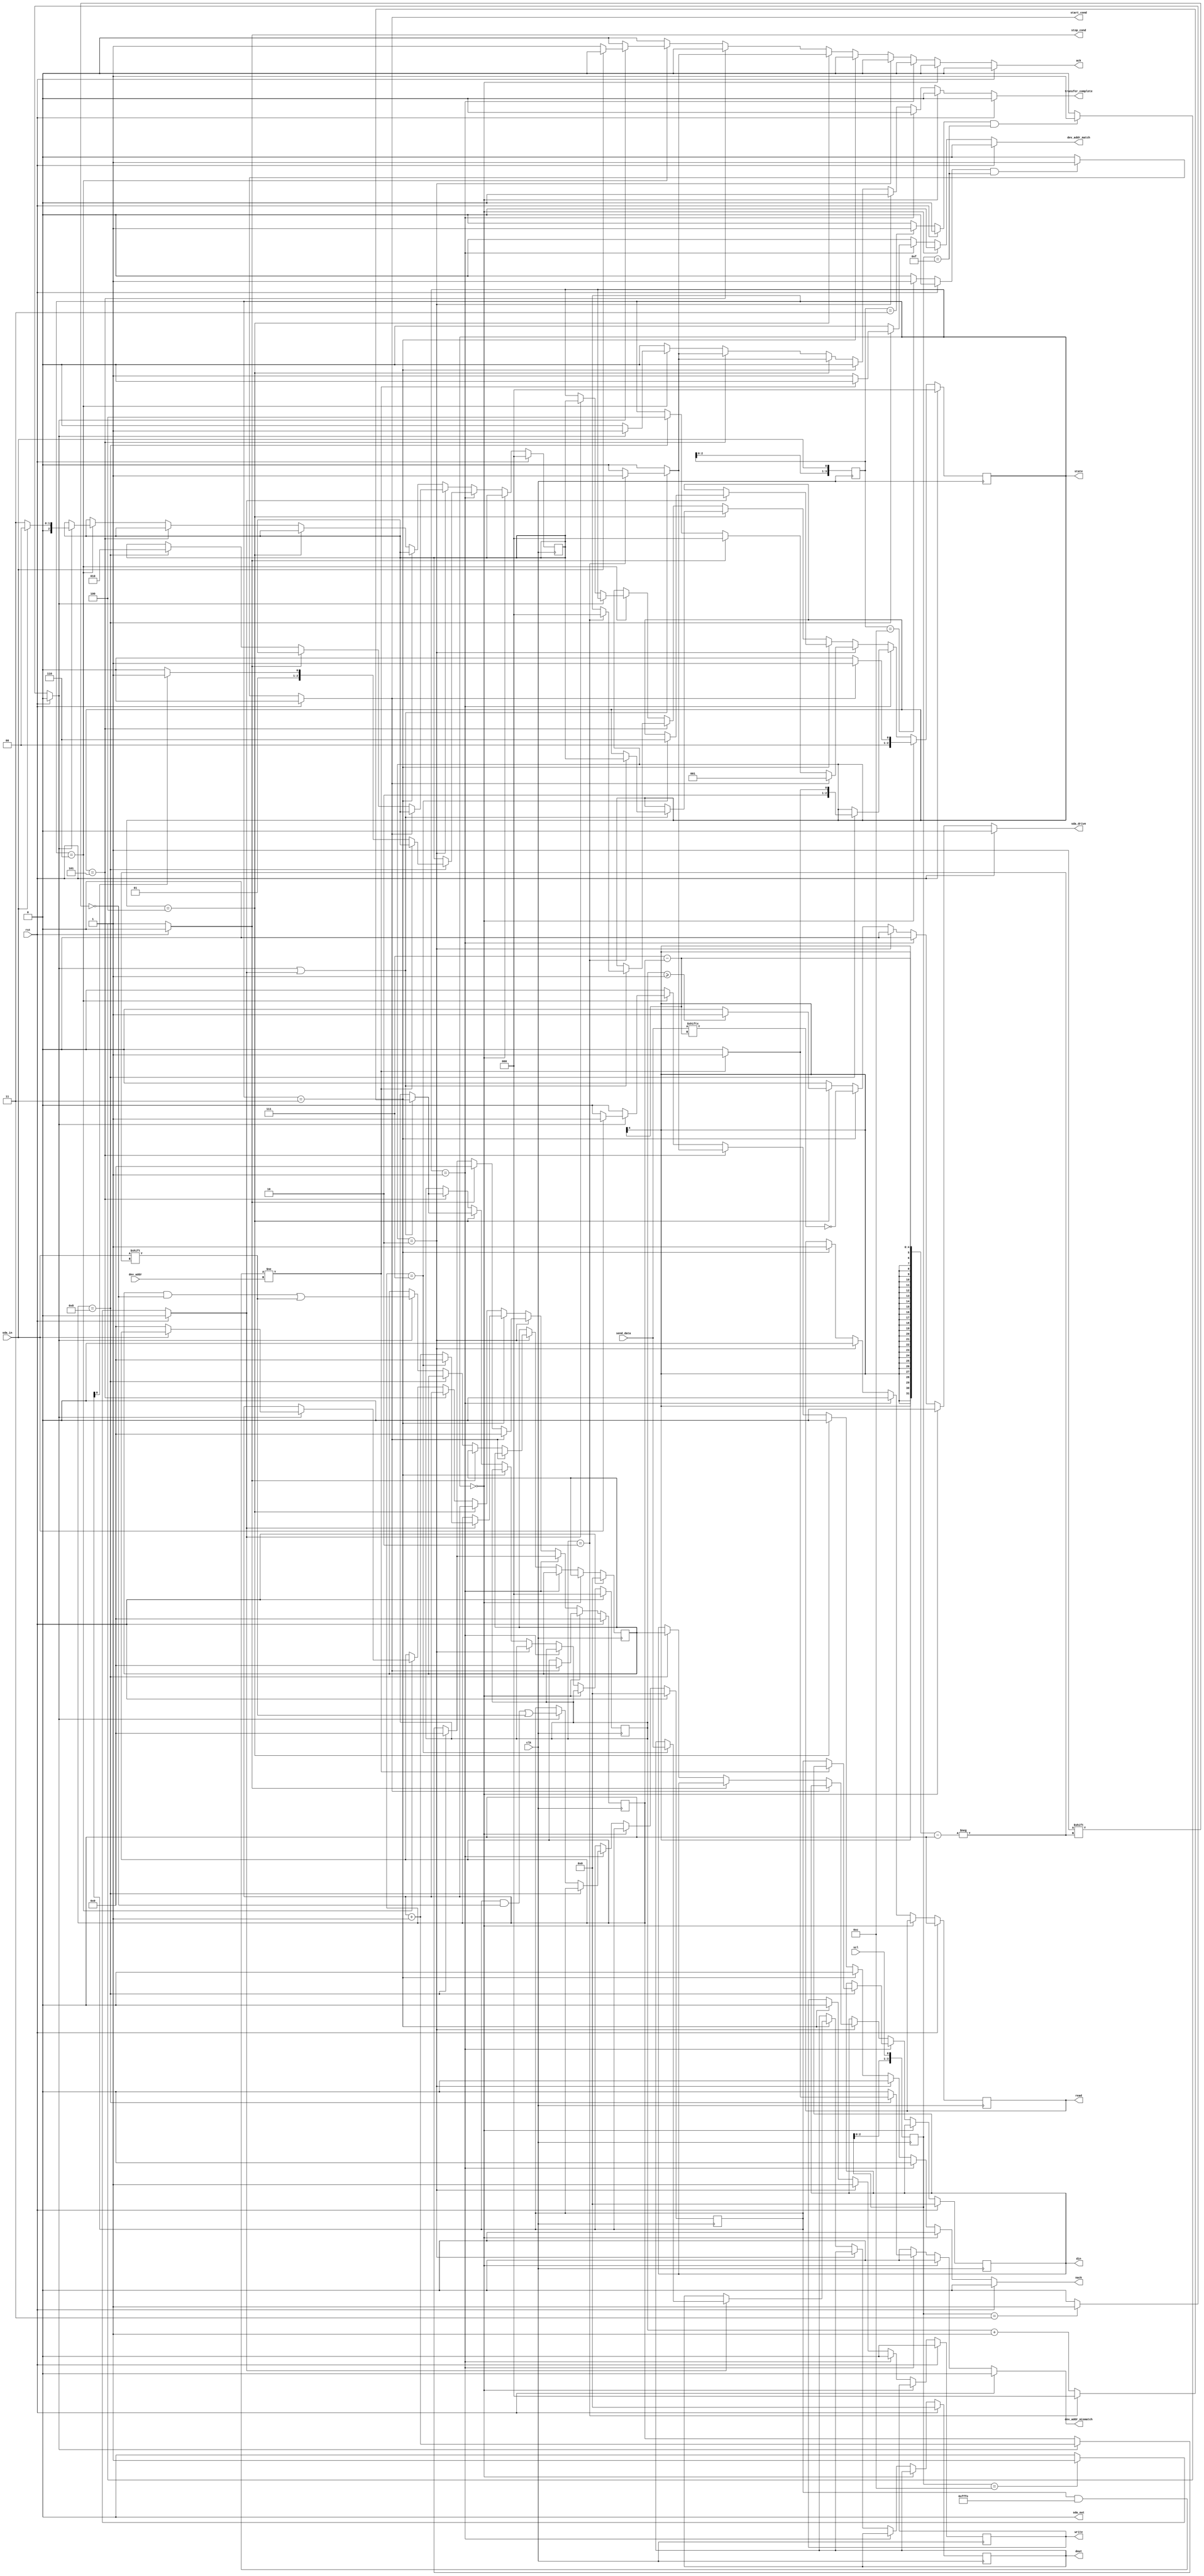
/*
 * Copyright (c) 2019, Arm Limited and affiliates.
 * SPDX-License-Identifier: Apache-2.0
 *
 * Licensed under the Apache License, Version 2.0 (the "License");
 * you may not use this file except in compliance with the License.
 * You may obtain a copy of the License at
 *
 * http://www.apache.org/licenses/LICENSE-2.0
 *
 * Unless required by applicable law or agreed to in writing, software
 * distributed under the License is distributed on an "AS IS" BASIS,
 * WITHOUT WARRANTIES OR CONDITIONS OF ANY KIND, either express or implied.
 * See the License for the specific language governing permissions and
 * limitations under the License.
 */

// I2C slave module
//
// This modules acts as an I2C slave.
//
// sda_in - I2C data from master
// sda_out - I2C data to master
// sda_drive - set when sda_in is high impedance and data needs to be sent to master
// scl - I2C clk line
//
`define IDLE               0
`define GET_DEV_ADDR       1
`define GET_DATA           2
`define SEND_DATA          3
`define ACK                4
`define NACK               5
`define DETECT_ACK_OR_NACK 6
`define STATE_BITS         3

module i2c_slave(
    input wire clk,
    input wire rst,
    input wire sda_in,
    output reg sda_out,
    output reg sda_drive,
    input wire scl,
    output reg ack,
    output reg nack,
    input wire [15:0] dev_addr,
    output reg transfer_complete,
    output reg dev_addr_match,
    output reg dev_addr_mismatch,
    output reg [`STATE_BITS - 1:0] state,
    output reg read,
    output reg write,
    output reg [7:0] din,
    output reg [7:0] dout,
    output reg start_cond,
    output reg stop_cond,
    input wire [7:0] send_data
    );

    reg [`STATE_BITS - 1:0] state_w;
    reg read_w;
    reg write_w;
    reg [7:0] din_w;
    reg [7:0] dout_w;
    reg [`STATE_BITS - 1:0] next_state;
    reg [`STATE_BITS - 1:0] next_state_w;
    reg [3:0] data_counter;
    reg [3:0] data_counter_w;
    reg [7:0] dev_addr_in;
    reg [7:0] dev_addr_in_w;
    reg [7:0] data_in;
    reg [7:0] data_in_w;
    reg [2:0] ack_edges;
    reg [2:0] ack_edges_w;
    reg sda_rising_edge;
    reg sda_falling_edge;
    reg scl_rising_edge;
    reg scl_falling_edge;
    reg [3:0] sda_stream;
    reg [3:0] scl_stream;

    // Combinational Logic
    // state machine
    always @(*) begin
        sda_out = 0;
        sda_drive = 0;
        ack = 0;
        nack = 0;
        transfer_complete = 0;
        dev_addr_match = 0;
        dev_addr_mismatch = 0;
        state_w = state;
        read_w = read;
        write_w = write;
        din_w = din;
        dout_w = dout;
        next_state_w = next_state;
        data_counter_w = data_counter;
        dev_addr_in_w = dev_addr_in;
        data_in_w = data_in;
        ack_edges_w = ack_edges;
        if (rst == 0) begin
            if (state == `IDLE) begin
                transfer_complete = 0;
                ack = 0;
                nack = 0;
                if (start_cond == 1) begin
                    //start condition
                    data_counter_w = 0;
                    state_w = `GET_DEV_ADDR;
                end
                else begin
                    state_w = `IDLE;
                end
            end
            else if (state == `GET_DEV_ADDR) begin
                read_w = 0;
                write_w = 0;
                if (data_counter == 8) begin
                    if ((dev_addr_in & 16'hfffe) != dev_addr) begin
                        state_w = `NACK;
                        dev_addr_mismatch = 1;
                    end
                    else if (dev_addr_in[0] == 1) begin
                        state_w = `ACK;
                        next_state_w = `SEND_DATA;
                        dev_addr_match = 1;
                        din_w = dev_addr_in;
                    end
                    else begin
                        state_w = `ACK;
                        next_state_w = `GET_DATA;
                        dev_addr_match = 1;
                        din_w = dev_addr_in;
                    end
                    data_counter_w = 0;
                end
                else if (scl_rising_edge == 1) begin
                    dev_addr_in_w[7-data_counter] = sda_in;
                    data_counter_w = data_counter + 1;
                end
            end
            else if (state == `GET_DATA) begin
                ack = 0;
                nack = 0;
                transfer_complete = 0;
                read_w = 0;
                write_w = 1;
                if (start_cond == 1) begin
                    data_counter_w = 0;
                    state_w = `GET_DEV_ADDR;
                end
                else if (stop_cond == 1) begin
                    data_counter_w = 0;
                    state_w = `IDLE;
                end
                else if (data_counter == 8) begin
                    state_w = `ACK;
                    next_state_w = `GET_DATA;
                    data_counter_w = 0;
                    din_w = data_in;
                end
                else if (scl_rising_edge == 1) begin
                    data_in_w[7-data_counter] = sda_in;
                    data_counter_w = data_counter + 1;
                end
            end
            else if (state == `SEND_DATA) begin
                ack = 0;
                nack = 0;
                transfer_complete = 0;
                write_w = 0;
                read_w = 1;
                sda_drive = ~send_data[7-data_counter];
                if (scl_falling_edge == 1) begin
                    if (data_counter == 7) begin
                        state_w = `DETECT_ACK_OR_NACK;
                        data_counter_w = 0;
                        dout_w = send_data;
                    end
                    else begin
                        data_counter_w = data_counter + 1;
                    end
                end
            end
            else if (state == `ACK) begin
                dev_addr_match = 0;
                if (ack_edges >= 1) begin
                    sda_drive = 1;
                end
                if ((scl_rising_edge == 1) || (scl_falling_edge == 1)) begin
                    ack_edges_w = ack_edges + 1;
                    if (ack_edges == 2) begin
                        ack_edges_w = 0;
                        state_w = next_state;
                        ack = 1;
                        transfer_complete = 1;
                    end
                    else begin
                        ack = 0;
                        transfer_complete = 0;
                    end
                end
            end
            else if (state == `NACK) begin
                if ((scl_rising_edge == 1) || (scl_falling_edge == 1)) begin
                    ack_edges_w = ack_edges + 1;
                    if (ack_edges == 2) begin
                        ack_edges_w = 0;
                        state_w = `IDLE;
                        nack = 1;
                        transfer_complete = 1;
                    end
                    else begin
                        nack = 0;
                        transfer_complete = 0;
                    end
                end
            end
            else if (state == `DETECT_ACK_OR_NACK) begin
                if (scl_rising_edge == 1) begin
                    if (sda_in == 1) begin//NACK
                        next_state_w = `IDLE;
                        transfer_complete = 1;
                        nack = 1;
                    end
                    else if (sda_in == 0) begin//ACK
                        next_state_w = `SEND_DATA;
                        transfer_complete = 1;
                        data_counter_w = 0;
                        ack = 1;
                    end
                end
                else if (scl_falling_edge == 1) begin
                    state_w = next_state;
                end
            end

        end
        // rst == 1
        else begin
            state_w = `IDLE;
            next_state_w = `IDLE;
            ack_edges_w = 0;
            data_counter_w = 0;
            dev_addr_in_w = 0;
            data_in_w = 0;
            sda_out = 0;
            sda_drive = 0;
            ack = 0;
            nack = 0;
            transfer_complete = 0;
            dev_addr_match = 0;
            dev_addr_mismatch = 0;
            read_w = 0;
            write_w = 0;
            din_w = 0 ;
            dout_w = 0;
        end
    end

    // start and stop conditions
    always @(*) begin
        if (rst == 0) begin
            //start condition
            if ((sda_falling_edge == 1) && (scl_stream == 4'b1111)) begin
                start_cond = 1;
            end
            else begin
                start_cond = 0;
            end
            //stop condition
            if ((sda_rising_edge == 1) && (scl_stream == 4'b1111)) begin
                stop_cond = 1;
            end
            else begin
                stop_cond = 0;
            end
        end
        // rst == 1
        else begin
            start_cond = 0;
            stop_cond = 0;
        end
    end

    // sda and scl edge detection
    always @(*) begin
        if (rst == 0) begin
            //sda edge detection
            if (sda_stream == 4'b0011) begin
                sda_rising_edge = 1;
            end
            else begin
                sda_rising_edge = 0;
            end
            if (sda_stream == 4'b1100) begin
                sda_falling_edge = 1;
            end
            else begin
                sda_falling_edge = 0;
            end
            //scl edge detection
            if (scl_stream == 4'b0011) begin
                scl_rising_edge = 1;
            end
            else begin
                scl_rising_edge = 0;
            end
            if (scl_stream == 4'b1100) begin
                scl_falling_edge = 1;
            end
            else begin
                scl_falling_edge = 0;
            end
        end
        // rst == 1
        else begin
            sda_rising_edge = 0;
            sda_falling_edge = 0;
            scl_rising_edge = 0;
            scl_falling_edge = 0;
        end
    end

    // Sequential Logic
    always @(posedge clk) begin
        state <= state_w;
        next_state <= next_state_w;
        sda_stream <= {sda_stream[2:0],sda_in};
        scl_stream <= {scl_stream[2:0],scl};
        ack_edges <= ack_edges_w;
        data_counter <= data_counter_w;
        dev_addr_in <= dev_addr_in_w;
        data_in <= data_in_w;
        read <= read_w;
        write <= write_w;
        din <= din_w;
        dout <= dout_w;
    end

endmodule